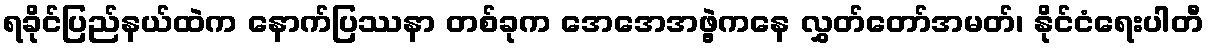
ရခိုင်ပြည်နယ်ထဲက နောက်ပြဿနာ တစ်ခုက အေအေအဖွဲ့ကနေ လွှတ်တော်အမတ်၊ နိုင်ငံရေးပါတီ